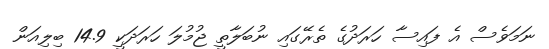
ނަމަވެސް އެ ފައިސާ ހަރަދުގެ ތެރޭގައި ނުބަލާތީ ޖުމުލަ ހަރަދަކީ 14.9 ބިލިއަން